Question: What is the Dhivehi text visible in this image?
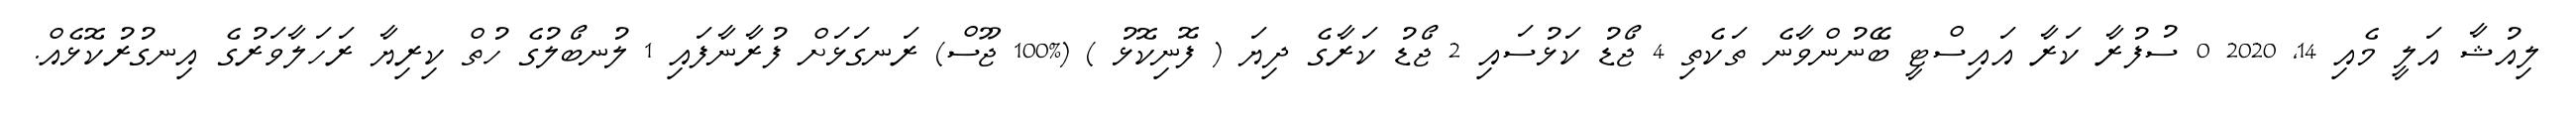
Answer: ލިއުޝާ އަލީ މެއި 14, 2020 0 ސުފުރާ ކަރާ އައިސްޓީ ބޭނުންވާނެ ތަކެތި 4 ޖޯޑު ކަޅުސައި 2 ޖޯޑު ކަރާގެ ދިޔަ ( ފޮނިކޮޅު ) (%100 ޖޫސް) ރަނގަޅަށް ފުރާނާފައި 1 ލުނބޯލުގެ ހުތް ކިރިޔާ ރަހަލާވަރުގެ އިނގުރުކޮޅެއް.